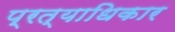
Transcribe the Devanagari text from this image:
प्रत्याधिकार